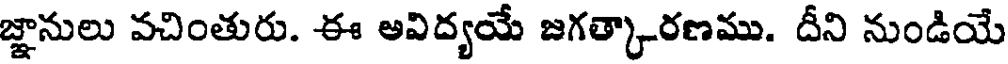
జ్ఞానులు వచింతురు. ఈ అవిద్యయే జగత్కారణము. దీని నుండియే